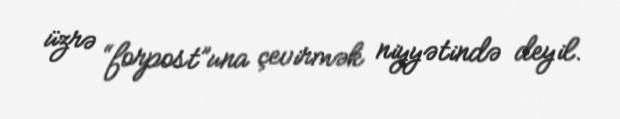
üzrə “forpost”una çevirmək niyyətində deyil.